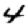
Digit: 4